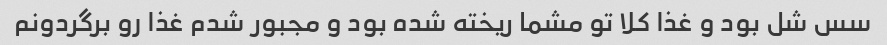
سس شل بود و غذا کلا تو مشما ریخته شده بود و مجبور شدم غذا رو برگردونم